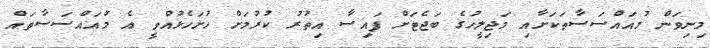
މިނިވަން މުއައްސަސާތަކަށާއި މަޖިލީހުގެ ބަޖެޓަށް ފައިސާ އިތުރު ކުރުމަށް ހުށަހެޅުއްވީ އެ މުއައްސަސާތައް